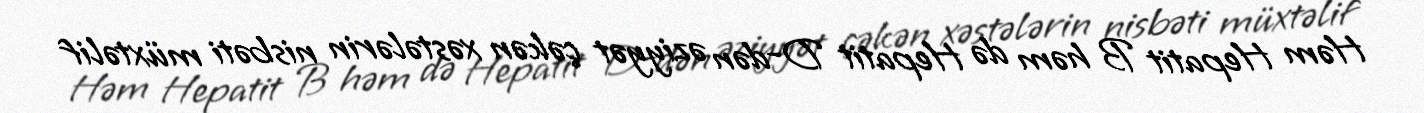
Həm Hepatit B həm də Hepatit D-dən əziyyət çəkən xəstələrin nisbəti müxtəlif